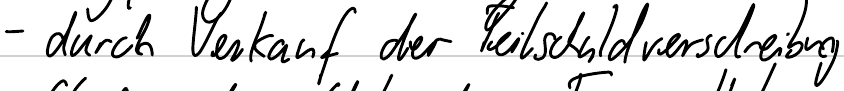
- durch Verkauf der Teilschuldverschreibung